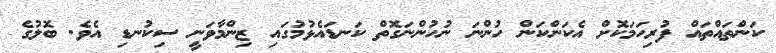
ކަންތައްތައް ފުރިހަމަކޮށް އެކަންކަން ހުންނަ ނުހުންނަގޮތް ކަނޑައެޅުމުގައި ޒިންމާވަނީ ސިކުނޑި އެވެ. ބޮލުގެ